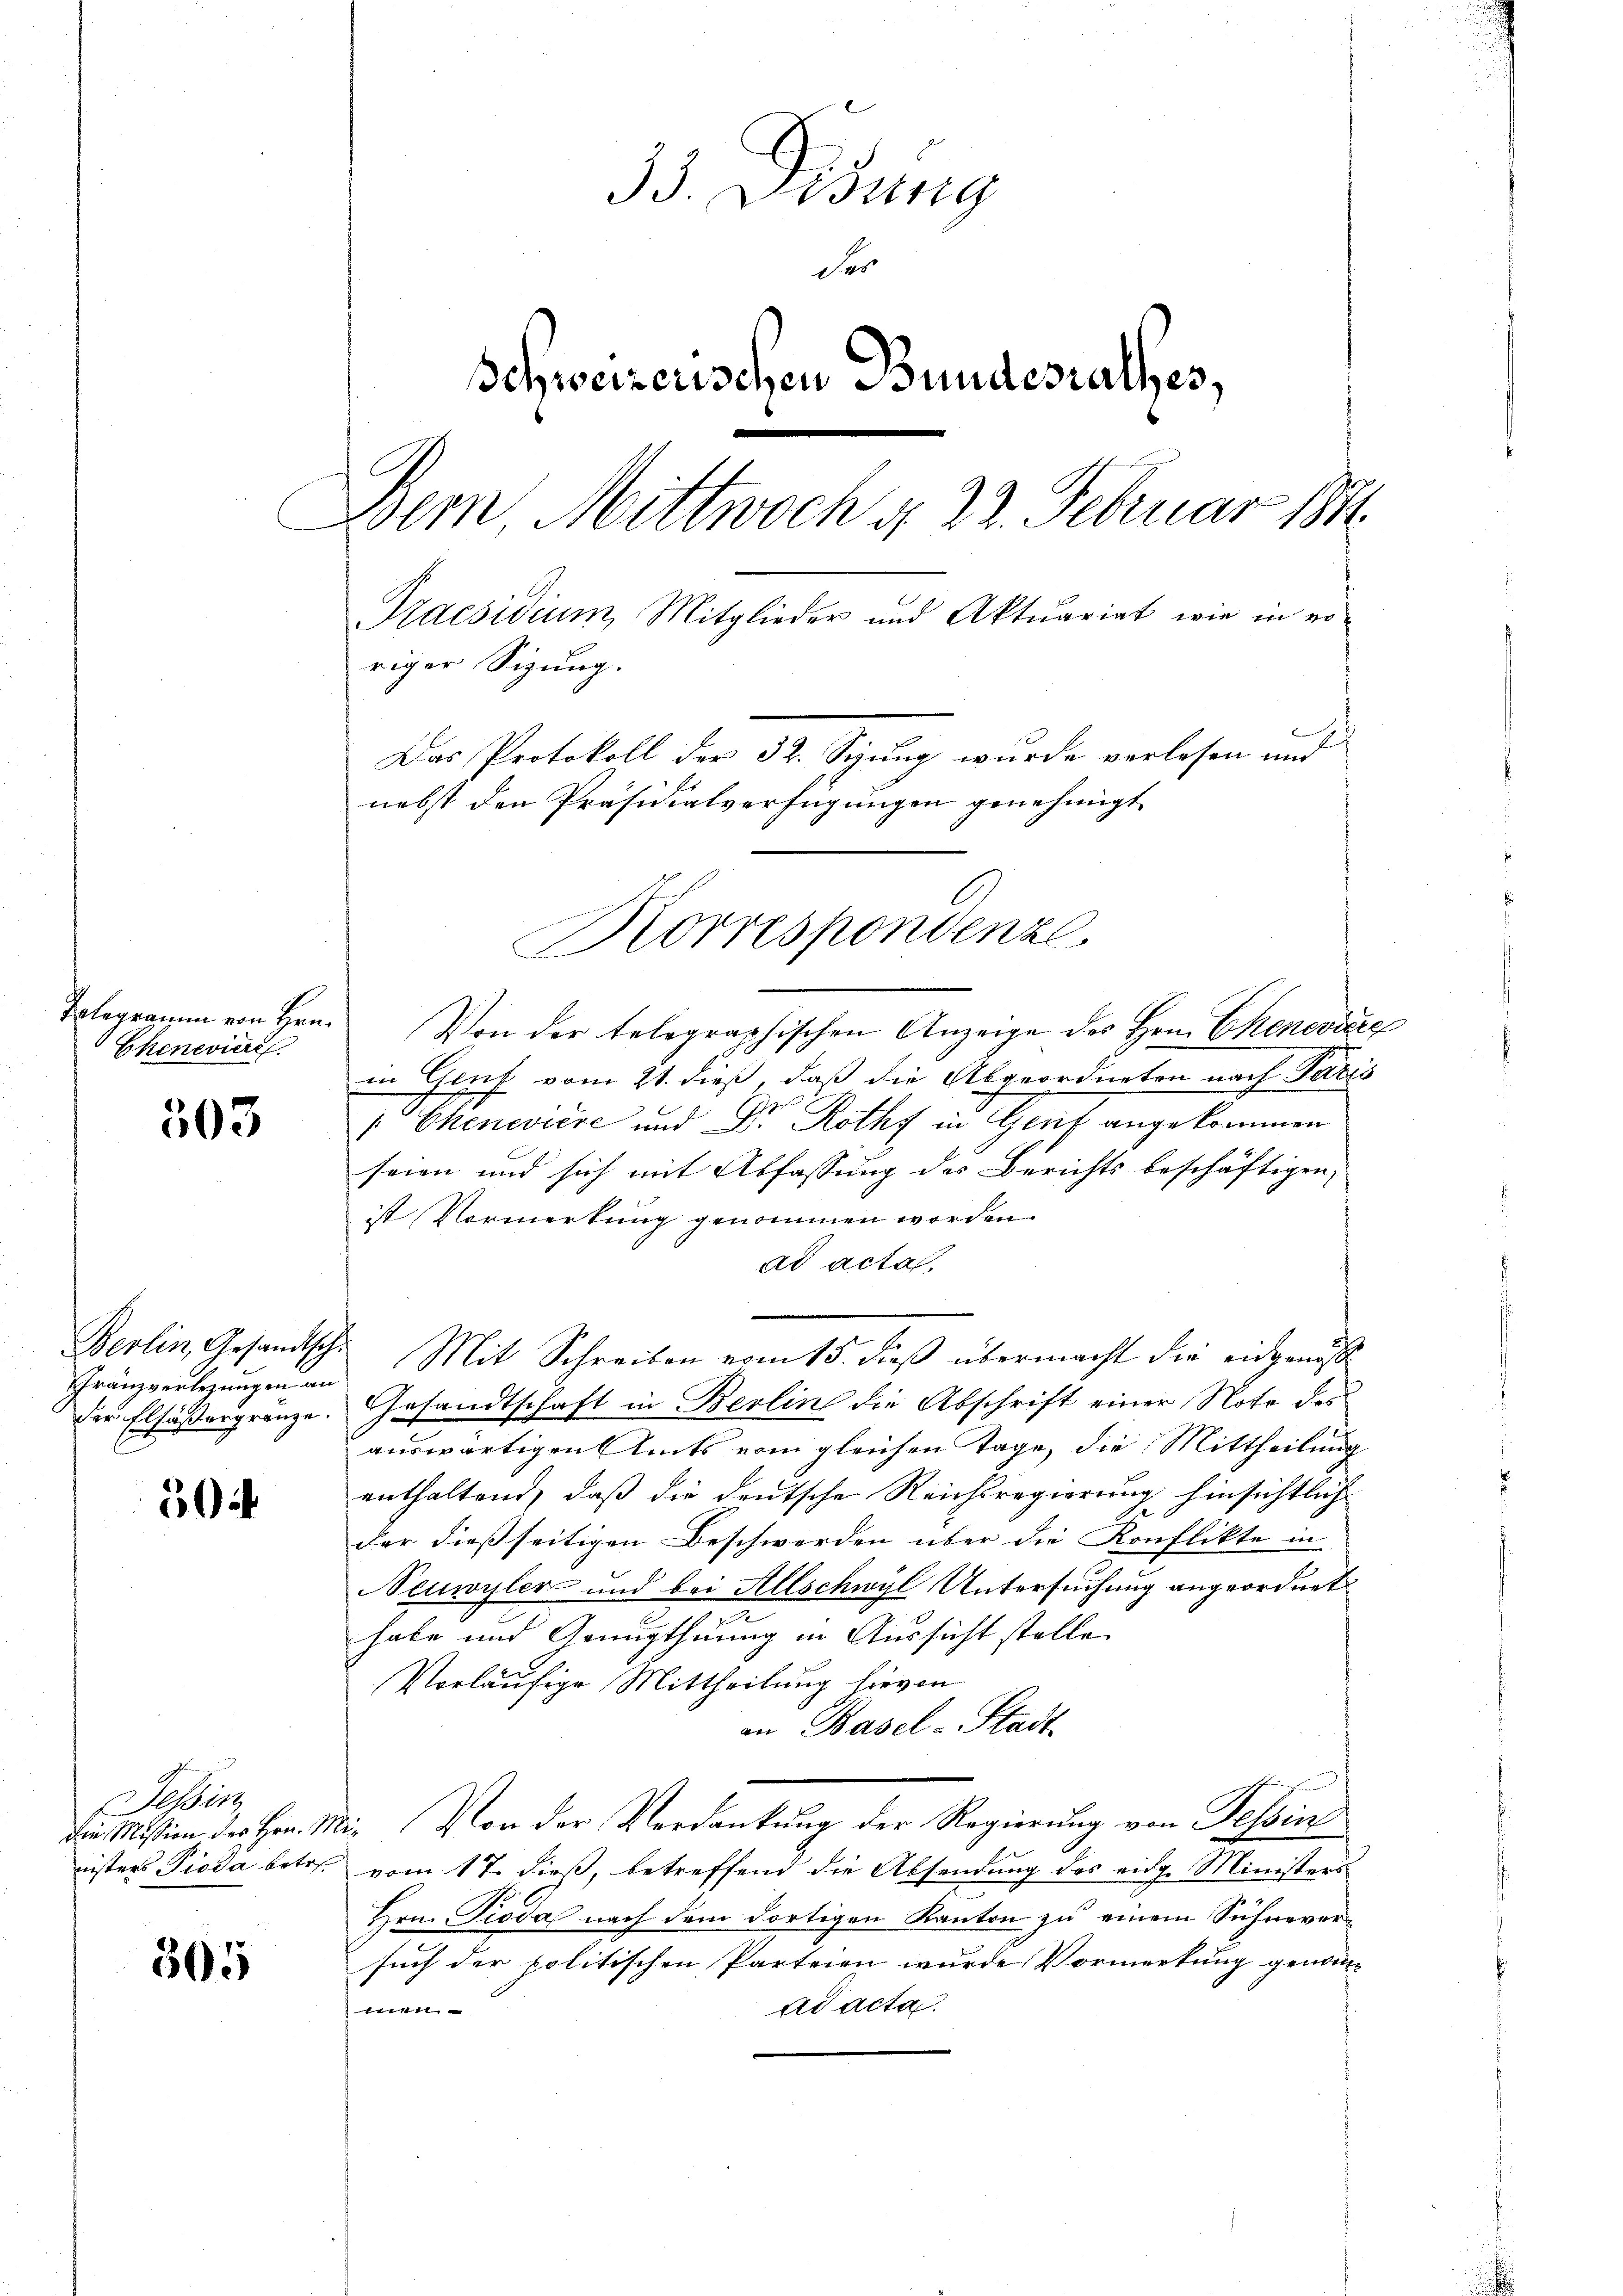
Telegramm von Hrn.
Ekeneviere

503

Franzverlegungen an

504

Tessin

505

33. Disung
der
Schweizerischen Bundesrathes,
Wem Mittwoch u. 22. Februar 1891
Praesidium Mitglieder und Aktuariat wie in ro-
riger Sigung.
i
Das Protokoll der 32. Seung wurde verlesen und
nebst den Präsidialverfügungen genehmigt

Von der telegraphischen Anzeige des Herrn Chenevizig
in Glut vom 21. dieß, daß die Abgeordneten nach Paris
Chenweise und Dr. Rothf und Gent angekommen
seien und sich mit Abfassung des Berichts beschäftigen,
ist Vormerkung genommen worden
ad acta
Berlin, Gesandtsch. Mit Schreiben vom 15. dieß übermacht die eidgenöss
der Elsäßergränze. Gesandtschaft in Berlin die Abschrift einer Note des
auswärtigen Amts vom gleichen Tage, die Mittheilung
enthaltend, daß die deutsche Reichsregierung hinsichtlich
der dießseitigen Beschwerden über die Konflikte in
Neuwyler und bei Allschwyl Untersuchung angeordnet
habe und Genugthuung in Aussicht stelle
Vorläufige Mittheilung hievon
an Basel-Stadt
Die Mission des Hrn. Mit Von der Verdankung der Regierung von Tessin
nisters Pioda betr. vom 17. dieß, betreffend die Absendung des eidg. Ministers
Hrn. Pioda nach dem dortigen Kanton zu einem Sühneversuch der politischen Parteien wurde Vormerkung genomad acta
t

Korrespondenze.